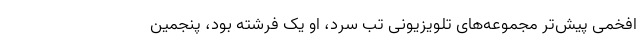
افخمی پیش‌تر مجموعه‌های تلویزیونی تب سرد، او یک فرشته بود، پنجمین